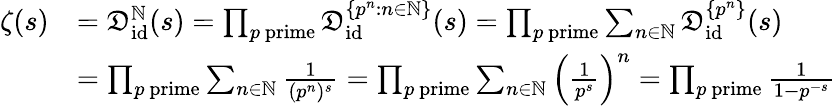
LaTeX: {\begin{array}{rl}{\zeta(s)}&{={\mathfrak{D}}_{\operatorname{id}}^{\mathbb{N}}(s)=\prod_{p{\mathrm{~prime}}}{\mathfrak{D}}_{\operatorname{id}}^{\{ p^{n}:n\in\mathbb{N}\} }(s)=\prod_{p{\mathrm{~prime}}}\sum_{n\in\mathbb{N}}{\mathfrak{D}}_{\operatorname{id}}^{\{ p^{n}\} }(s)}\\ &{=\prod_{p{\mathrm{~prime}}}\sum_{n\in\mathbb{N}}{\frac{1}{(p^{n})^{s}}}=\prod_{p{\mathrm{~prime}}}\sum_{n\in\mathbb{N}}\left({\frac{1}{p^{s}}}\right)^{n}=\prod_{p{\mathrm{~prime}}}{\frac{1}{1-p^{-s}}}}\end{array}}